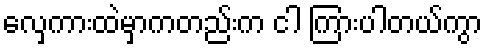
လှေကားထဲမှာကတည်းက ငါ ကြားပါတယ်ကွာ